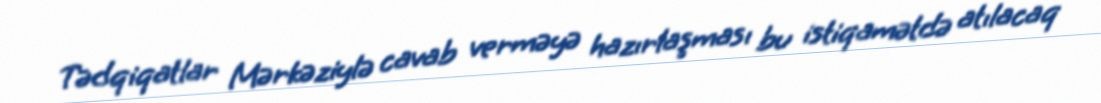
Tədqiqatlar Mərkəziylə cavab verməyə hazırlaşması bu istiqamətdə atılacaq